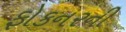
ફોકનરની